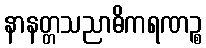
နာနတ္တသညာဓိကရဏဉ္စ